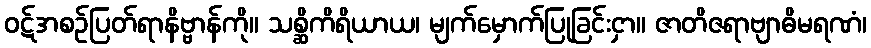
ဝဋ်အစဉ်ပြတ်ရာနိဗ္ဗာန်ကို။ သစ္ဆိကိရိယာယ၊ မျက်မှောက်ပြုခြင်းငှာ။ ဇာတိဇရာဗျာဓိမရဏံ၊